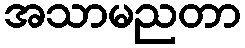
အသာမညတာ